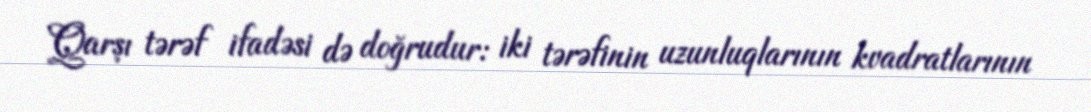
Qarşı tərəf ifadəsi də doğrudur: iki tərəfinin uzunluqlarının kvadratlarının